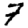
Digit: 7